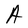
Character: A